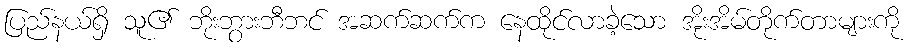
ပြည်နယ်ရှိ သူ၏ ဘိုးဘွားဘီဘင် အဆက်ဆက်က နေထိုင်လာခဲ့သော အိုးအိမ်တိုက်တာများကို